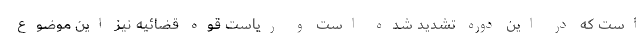
است که در این دوره تشدید شده است و ریاست قوه قضائیه نیز این موضوع